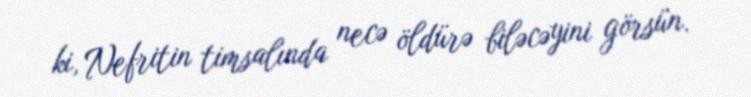
ki, Nefritin timsalında necə öldürə biləcəyini görsün.